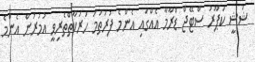
ޝަޝީ ކަޕޫރު ސްޓޭޖް ޑްރާމާ އެއްގައި އެންމެ ފުރަތަމަ ހަރަކާތްތެރިވީ އުމުރުން އެންމެ